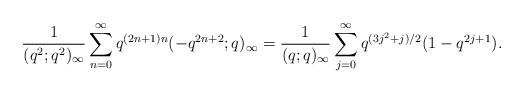
LaTeX: \begin{align*}\frac{1}{(q^2;q^2)_\infty}\sum_{n=0}^{\infty} q^{(2n+1)n}(-q^{2n+2};q)_\infty = \frac{1}{(q;q)_\infty}\sum_{j=0}^\infty q^{(3j^2+j)/2}(1-q^{2j+1}). \end{align*}